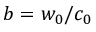
b = w _ { 0 } / c _ { 0 }